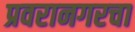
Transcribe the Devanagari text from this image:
प्रवरानगरचा